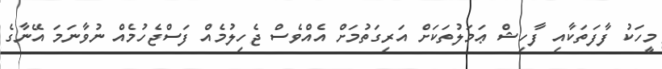
މީހަކު ފާފަތަކާއި ފާހިޝް ޢަމަލުތަކަށް އަރިގަތުމަށް އެއްވެސް ޖެހިލުމެއް ފަސްޖެހުމެއް ނުވާނަމަ އޭނާގެ